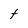
Character: t